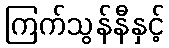
ကြက်သွန်နီနှင့်